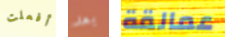
أفعلت بعد عمالقة